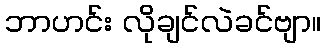
ဘာဟင်း လိုချင်လဲခင်ဗျာ။